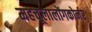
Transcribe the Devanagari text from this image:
महचूलालोंगकोर्नर